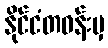
နိုင်ငံတဝန်းမှ